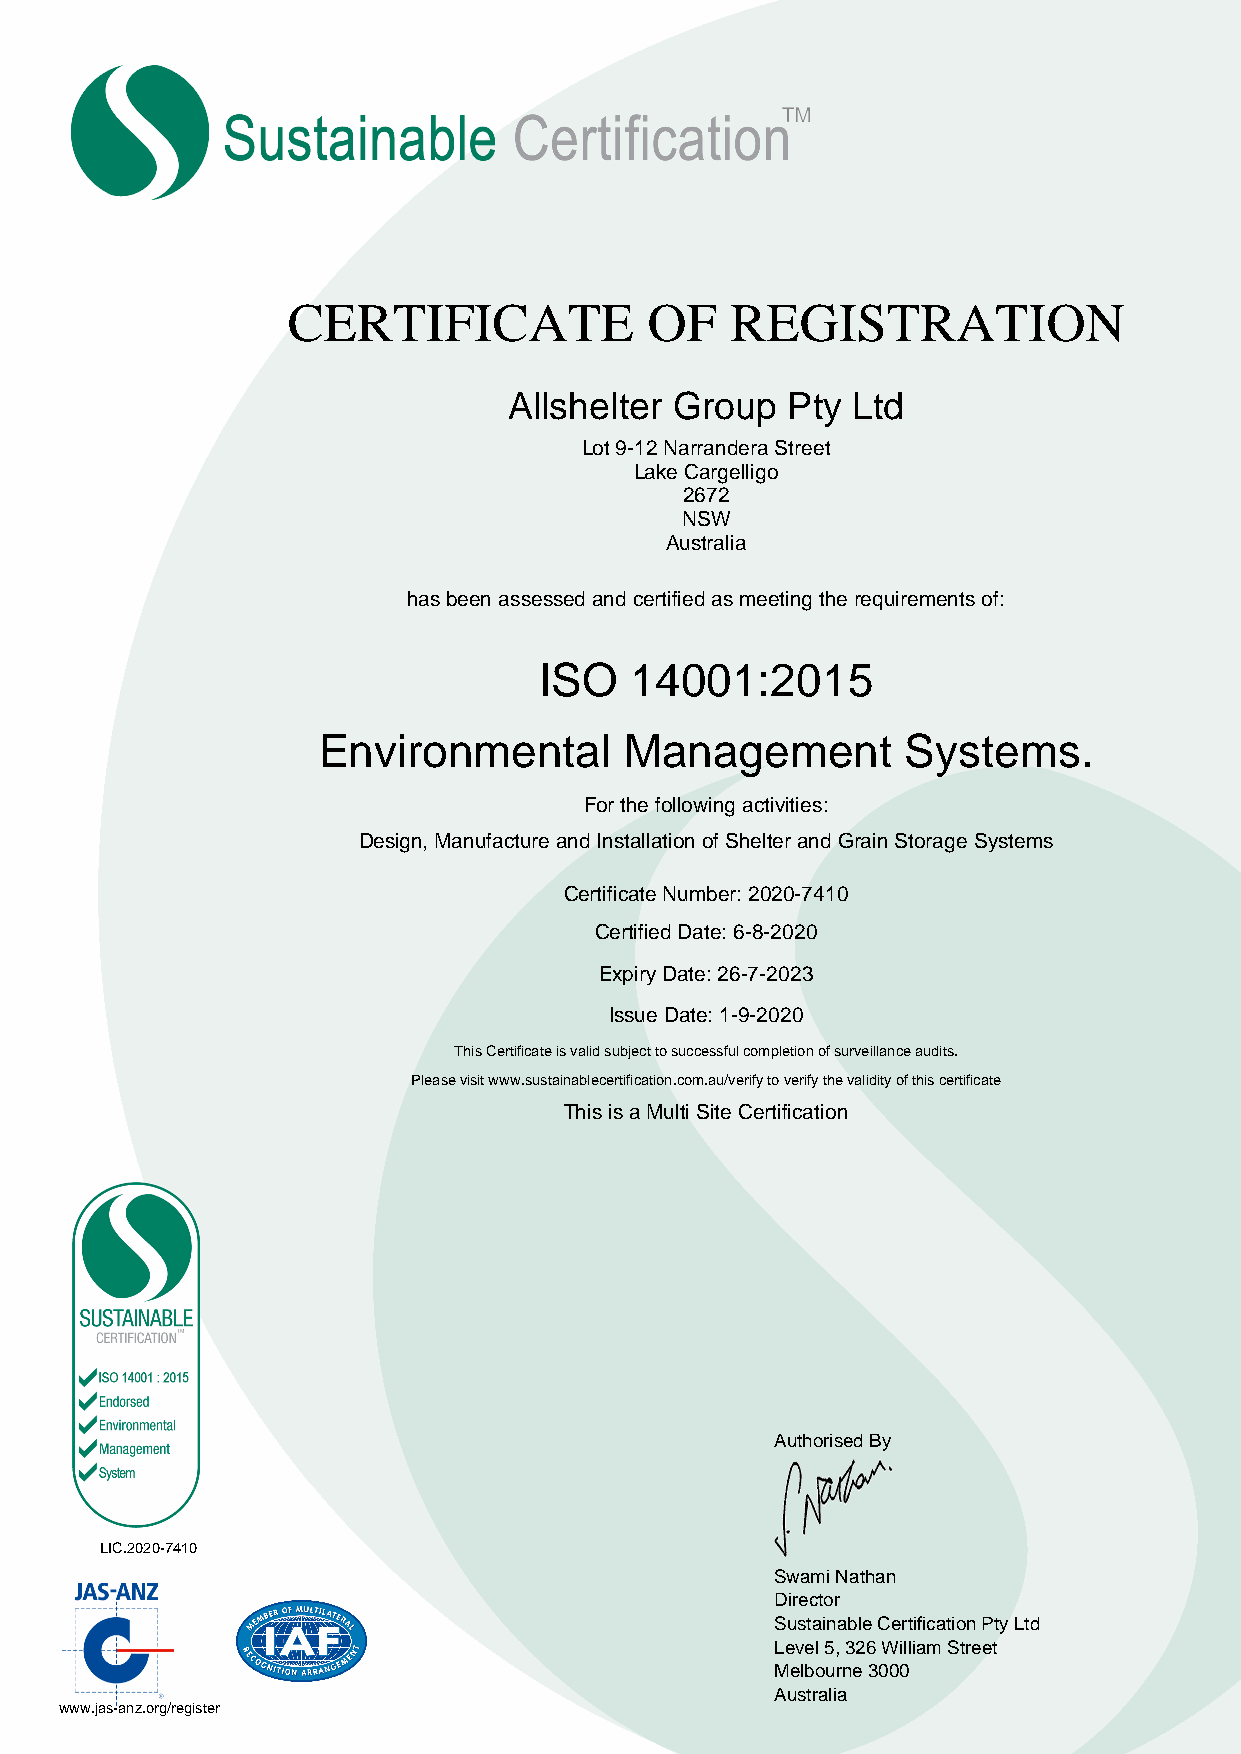
CERTIFICATE             OF   REGISTRATION
 Allshelter Group  Pty Ltd
 Lot 9-12 Narrandera Street
 Lake Cargelligo
 2672
 NSW
 Australia
 has been assessed and certified as meeting the requirements of:
 ISO   14001:2015
 Environmental       Management         Systems.
 For the following activities:
 Design, Manufacture and Installation of Shelter and Grain Storage Systems
 Certificate Number: 2020-7410
 Certified Date: 6-8-2020
 Expiry Date: 26-7-2023
 Issue Date: 1-9-2020
 This Certificate is valid subject to successful completion of surveillance audits.
 Please visit www.sustainablecertification.com.au/verify to verify the validity of this certificate
 This is a Multi Site Certification
 Authorised By
 LIC.2020-7410
 Swami Nathan
 Director
 Sustainable Certification Pty Ltd
 Level 5, 326 William Street
 Melbourne 3000
 Australia
 www.jas-anz.org/register